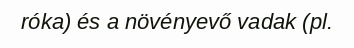
róka) és a növényevő vadak (pl.